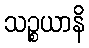
သဉ္စယာနိ